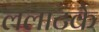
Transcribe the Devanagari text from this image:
ललाटके